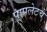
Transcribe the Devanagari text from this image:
पापलेटचे